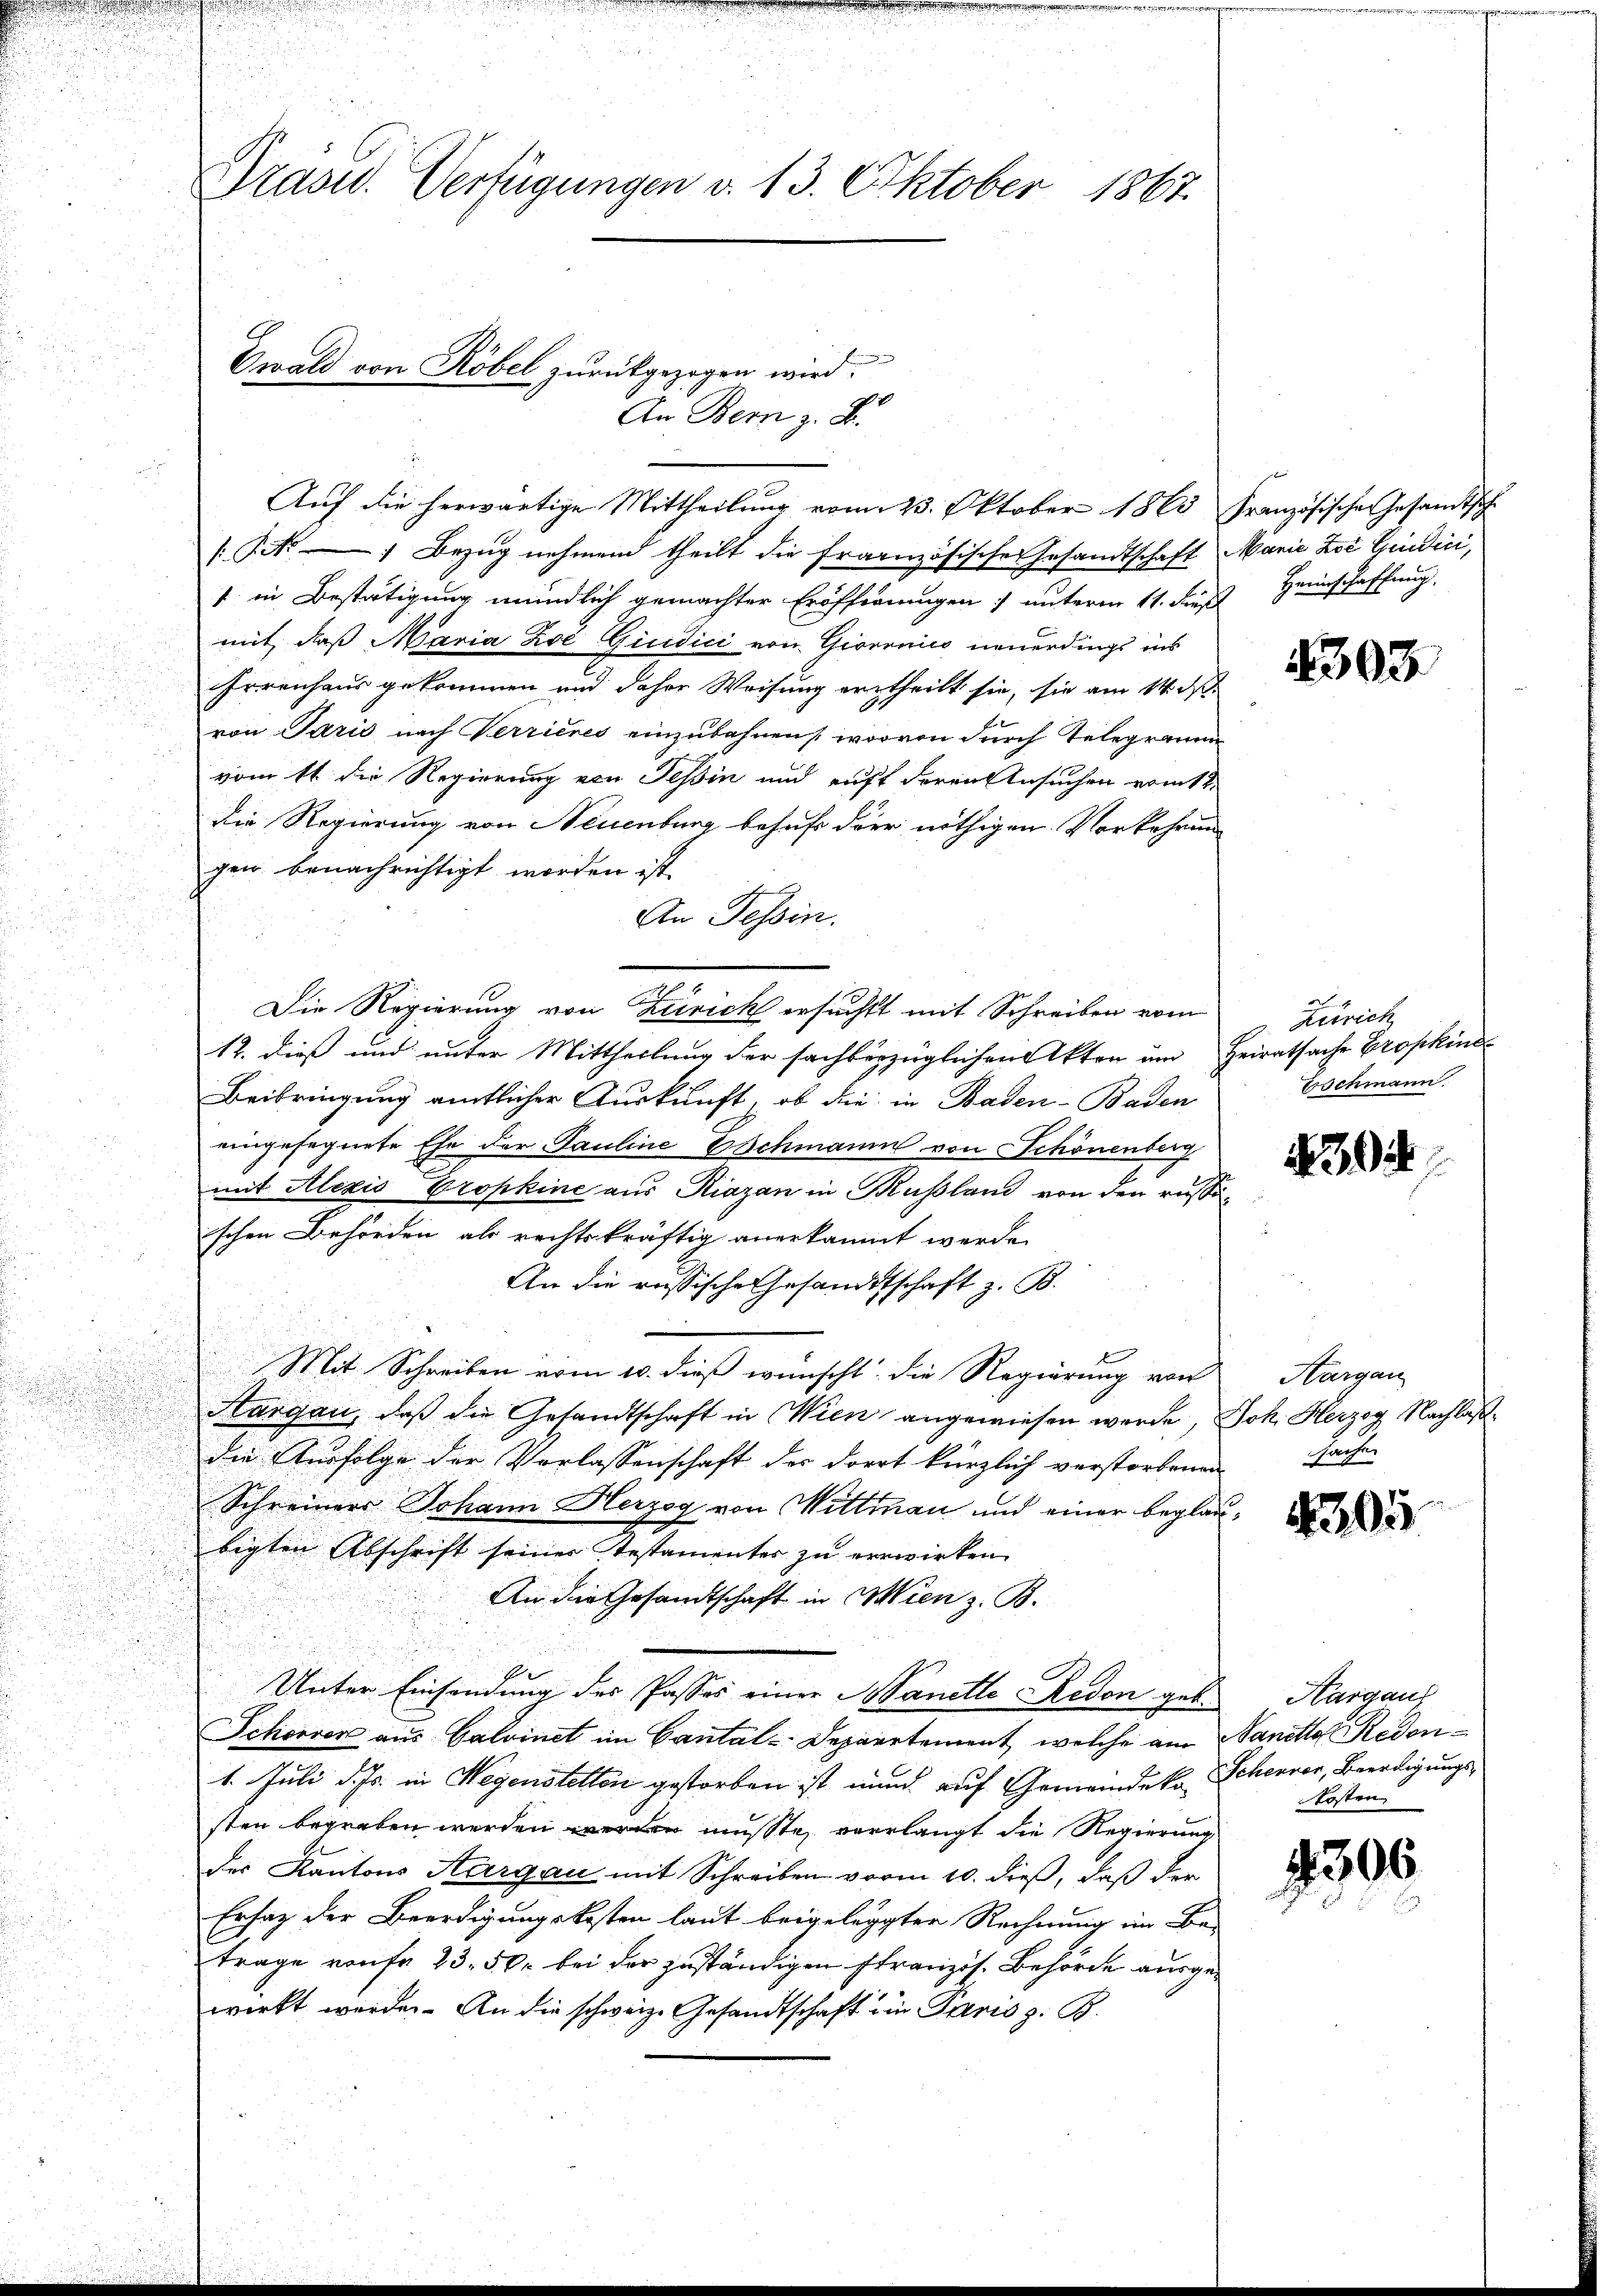
u

Grasid. Verfügungen v. 13. Oktober 1867.
Ewald von Röbel zurückgezogen wird.

Auf die herwärtige Mittheilung vom 23. Oktober 1860

An Bern z. B.

/Pr. Bezug nehmend theilt die französische Gesandtschaft Marie Zei Gedici,
1 in Bestätigung mündlich gemachter Eröffernungen) unterm 11. dieß Heinschaffung
mit, daß Maria Zoe Gicidici von Gioronico neuerdings ins
Erreichens gekommen und daher Weisung vertheilt sie, sie am 14. d.
von Paris nach Verrieres einzubahnen worvon durch Telegrann
u
vom 11. die Regierung von Tessin und auft deren Ansuchen erint
die Regierung von Neuenburg behufs der nöthigen Vorkehren
u
gen benachrichtigt worden ist.
An Tessin.
Die Regierung von Zürich ersucht mit Schreiben vom
12. dieß und unter Mittheilung der sachbezüglichen Akten um
Beibringung amtlicher Auskunft, ob die in Baden-Baden
eingesegnete Ehe der Pauline Eschmann von Schönenberg
mit Alezis Propkine aus Riazan in Kussland von den russ
schen Behörden als rechtskräftig anerkannt werde.
An die russische Gesandtschaft z. B.
b
Mit Schreiben vom 10. dieß wünscht die Regierung von
Aargau, daß die Gesandtschaft in Wien angewiesen werde,
die Ausfolge der Verlassenschaft des Dorot kürzlich verstorbene
Schreiners Johann Herzog von Wittman und einer begle
bigten Abschrift seiner Testamenter zu verwirken
An die Gesandtschaft in Wien z. B.
.
E
Unter Einsendung des Passes einer Hanelle Redon geb. Aargaus
Schöner aus Calvinet im Cantal-Departement, welche am
1. Juli d. Js. in Wegenstellen gestorben ist nund auf Gemeindekosten begraben werden werden müßte, verlangt die Regierung
der Kantons Aargau mit Schreiben vorm 10. dieß, daß der
Ersatz der Beerdigungskosten laut beigelegten Rechnung im Be-
trage von fr 23. 50. bei der zuständigen Französ. Behörde ausge
wirkt werde. An die schweiz. Gesandtschaft ein Paris z. B.

Französischen Gesandtsch

c
s
s

4303.

9
Zürich
Heiratsache Großkind
Eschmann.

s

394

Hargau
Joh. Herzog Nachlaß
Fachen

2

305

Sanetto Reden
Scheurer, Beerdigungskosten

4300